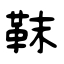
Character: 靺